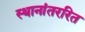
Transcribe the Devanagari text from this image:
स्थानांतररित